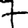
Digit: 7